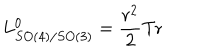
L _ { S O ( 4 ) / S O ( 3 ) } ^ { 0 } = { \frac { r ^ { 2 } } { 2 } } \mathrm { T r }